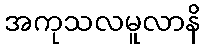
အကုသလမူလာနိ